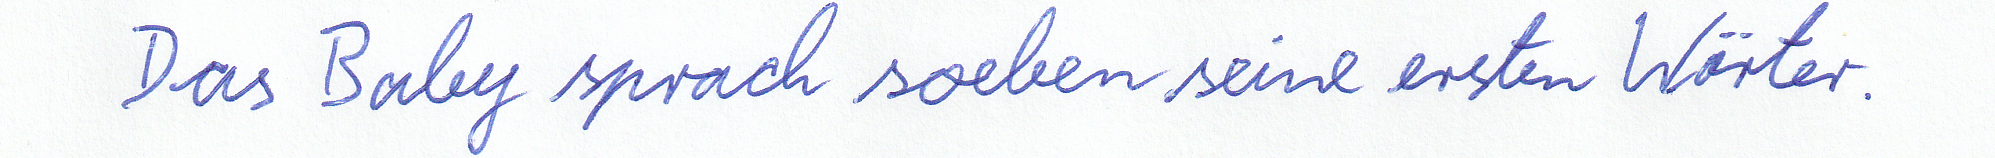
Das Baby sprach soeben seine ersten Wörter.